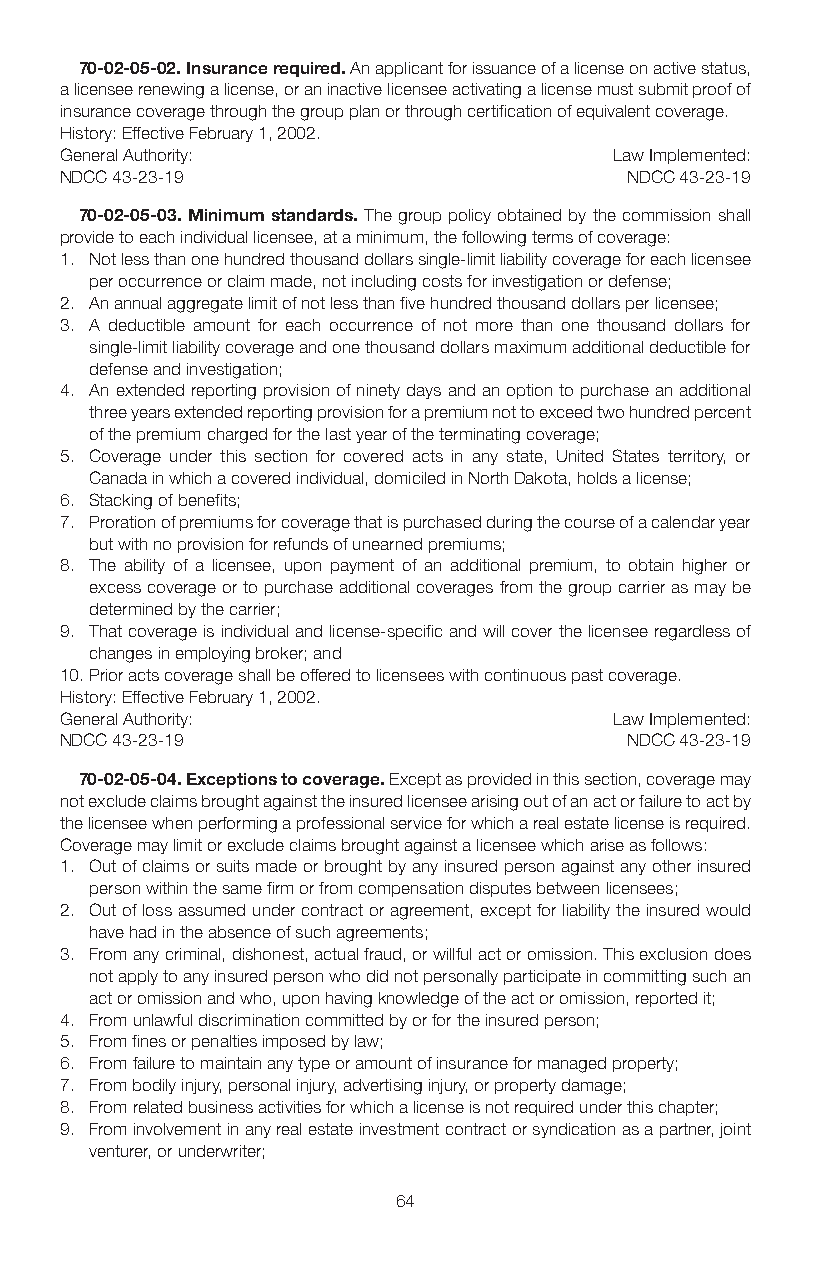
70-02-05-02. Insurance required. An applicant for issuance of a license on active status,
 a licensee renewing a license, or an inactive licensee activating a license must submit proof of
 insurance coverage through the group plan or through certification of equivalent coverage.
 History: Effective February 1, 2002.
 General Authority:                   Law Implemented:
 NDCC 43-23-19                        NDCC 43-23-19
 70-02-05-03. Minimum standards. The group policy obtained by the commission shall
 provide to each individual licensee, at a minimum, the following terms of coverage:
 1. Not less than one hundred thousand dollars single-limit liability coverage for each licensee
 per occurrence or claim made, not including costs for investigation or defense;
 2. An annual aggregate limit of not less than five hundred thousand dollars per licensee;
 3. A deductible amount for each occurrence of not more than one thousand dollars for
 single-limit liability coverage and one thousand dollars maximum additional deductible for
 defense and investigation;
 4. An extended reporting provision of ninety days and an option to purchase an additional
 three years extended reporting provision for a premium not to exceed two hundred percent
 of the premium charged for the last year of the terminating coverage;
 5. Coverage under this section for covered acts in any state, United States territory, or
 Canada in which a covered individual, domiciled in North Dakota, holds a license;
 6. Stacking of benefits;
 7. Proration of premiums for coverage that is purchased during the course of a calendar year
 but with no provision for refunds of unearned premiums;
 8. The ability of a licensee, upon payment of an additional premium, to obtain higher or
 excess coverage or to purchase additional coverages from the group carrier as may be
 determined by the carrier;
 9. That coverage is individual and license-specific and will cover the licensee regardless of
 changes in employing broker; and
 10. Prior acts coverage shall be offered to licensees with continuous past coverage.
 History: Effective February 1, 2002.
 General Authority:                   Law Implemented:
 NDCC 43-23-19                        NDCC 43-23-19
 70-02-05-04. Exceptions to coverage. Except as provided in this section, coverage may
 not exclude claims brought against the insured licensee arising out of an act or failure to act by
 the licensee when performing a professional service for which a real estate license is required.
 Coverage may limit or exclude claims brought against a licensee which arise as follows:
 1. Out of claims or suits made or brought by any insured person against any other insured
 person within the same firm or from compensation disputes between licensees;
 2. Out of loss assumed under contract or agreement, except for liability the insured would
 have had in the absence of such agreements;
 3. From any criminal, dishonest, actual fraud, or willful act or omission. This exclusion does
 not apply to any insured person who did not personally participate in committing such an
 act or omission and who, upon having knowledge of the act or omission, reported it;
 4. From unlawful discrimination committed by or for the insured person;
 5. From fines or penalties imposed by law;
 6. From failure to maintain any type or amount of insurance for managed property;
 7. From bodily injury, personal injury, advertising injury, or property damage;
 8. From related business activities for which a license is not required under this chapter;
 9. From involvement in any real estate investment contract or syndication as a partner, joint
 venturer, or underwriter;
 64